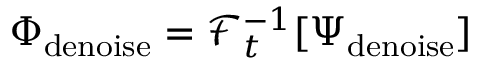
\Phi _ { \mathrm { d e n o i s e } } = \mathcal { F } _ { t } ^ { - 1 } [ \Psi _ { \mathrm { d e n o i s e } } ]